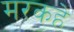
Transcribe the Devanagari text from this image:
मरकहे